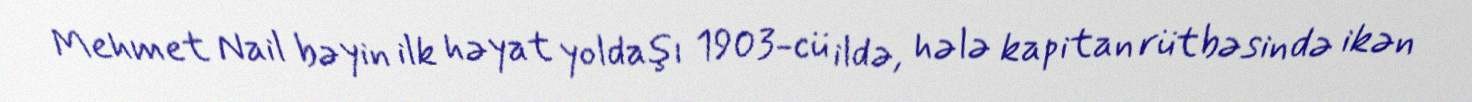
Mehmet Nail bəyin ilk həyat yoldaşı 1903-cü ildə, hələ kapitan rütbəsində ikən